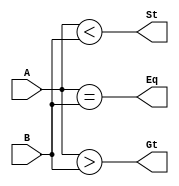
`timescale 1ns/1ps
module comparator(Eq,Gt,St,A,B);
    input [3:0] A,B;
    output Eq,Gt,St;

    assign Eq = (A==B);
    assign Gt = (A>B);
    assign St = (A<B);

endmodule